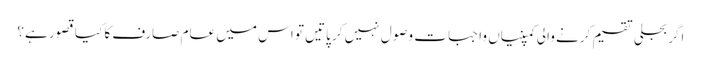
اگر بجلی تقسیم کرنے والی کمپنیاں واجبات وصول نہیں کر پاتیں تو اس میں عام صارف کا کیا قصور ہے؟